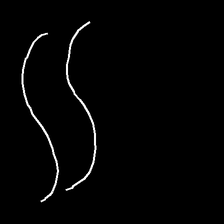
Glyph: float